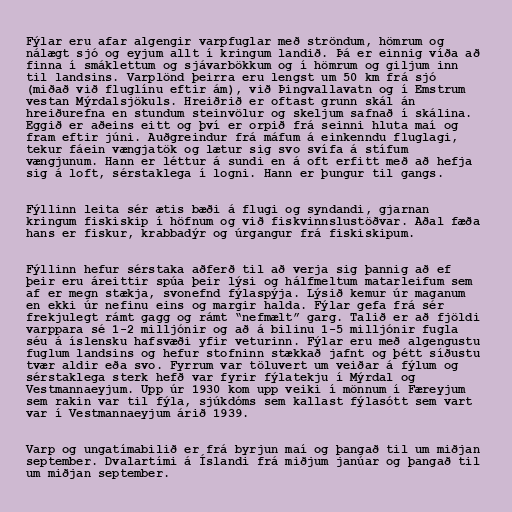
Fýlar eru afar algengir varpfuglar með ströndum, hömrum og
nálægt sjó og eyjum allt í kringum landið. Þá er einnig víða að
finna í smáklettum og sjávarbökkum og í hömrum og giljum inn
til landsins. Varplönd þeirra eru lengst um 50 km frá sjó
(miðað við fluglínu eftir ám), við Þingvallavatn og í Emstrum
vestan Mýrdalsjökuls. Hreiðrið er oftast grunn skál án
hreiðurefna en stundum steinvölur og skeljum safnað í skálina.
Eggið er aðeins eitt og því er orpið frá seinni hluta maí og
fram eftir júni. Auðgreindur frá máfum á einkenndu fluglagi,
tekur fáein vængjatök og lætur sig svo svífa á stífum
vængjunum. Hann er léttur á sundi en á oft erfitt með að hefja
sig á loft, sérstaklega í logni. Hann er þungur til gangs.

Fýllinn leita sér ætis bæði á flugi og syndandi, gjarnan
kringum fiskiskip í höfnum og við fiskvinnslustöðvar. Aðal fæða
hans er fiskur, krabbadýr og úrgangur frá fiskiskipum.

Fýllinn hefur sérstaka aðferð til að verja sig þannig að ef
þeir eru áreittir spúa þeir lýsi og hálfmeltum matarleifum sem
af er megn stækja, svonefnd fýlaspýja. Lýsið kemur úr maganum
en ekki úr nefinu eins og margir halda. Fýlar gefa frá sér
frekjulegt rámt gagg og rámt “nefmælt” garg. Talið er að fjöldi
varppara sé 1-2 milljónir og að á bilinu 1-5 milljónir fugla
séu á íslensku hafsvæði yfir veturinn. Fýlar eru með algengustu
fuglum landsins og hefur stofninn stækkað jafnt og þétt síðustu
tvær aldir eða svo. Fyrrum var töluvert um veiðar á fýlum og
sérstaklega sterk hefð var fyrir fýlatekju í Mýrdal og
Vestmannaeyjum. Upp úr 1930 kom upp veiki í mönnum í Færeyjum
sem rakin var til fýla, sjúkdóms sem kallast fýlasótt sem vart
var í Vestmannaeyjum árið 1939.

Varp og ungatímabilið er frá byrjun maí og þangað til um miðjan
september. Dvalartími á Íslandi frá miðjum janúar og þangað til
um miðjan september.